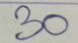
30